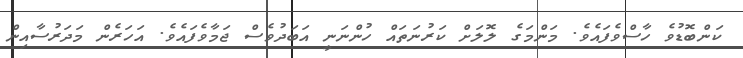
ކަންބޮޑުވެ ހާސްވެފައެވެ. މަންމަގެ ލޮލަށް ކަރުނަތައް ހުންނަނީ އަބަދުވެސް ޖަމާވެފައެވެ. އަހަރެން މަދަރުސާއިން